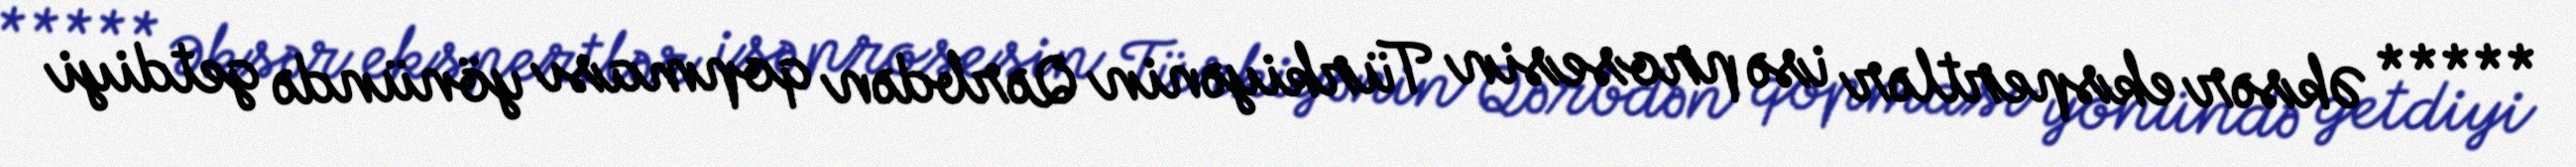
***** Əksər ekspertlər isə prosesin Türkiyənin Qərbdən qopması yönündə getdiyi